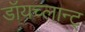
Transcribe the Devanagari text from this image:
डॉयच्लान्ट्